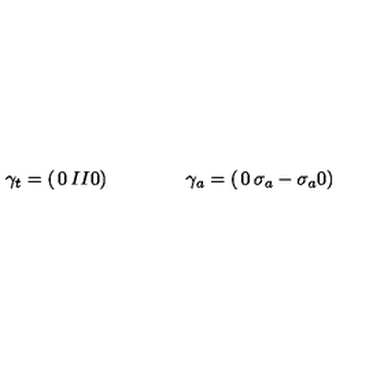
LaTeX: \gamma _ { t } = \left( \begin{matrix} { 0 } & { I } \\ { \noalign { \smallskip } I } & { 0 } \\ \end{matrix} \right) \qquad \qquad \gamma _ { a } = \left( \begin{matrix} { 0 } & { \sigma _ { a } } \\ { \noalign { \smallskip } - \sigma _ { a } } & { 0 } \\ \end{matrix} \right)